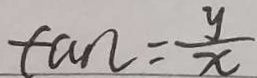
\tan = \frac { y } { x }